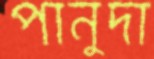
পানুদা